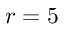
r = 5